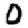
Digit: 0